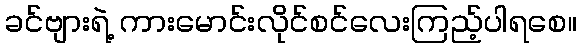
ခင်ဗျားရဲ့ ကားမောင်းလိုင်စင်လေးကြည့်ပါရစေ။